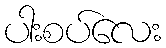
ပါးစပ်လေး